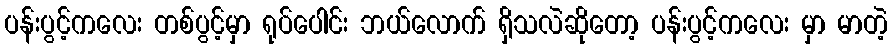
ပန်းပွင့်ကလေး တစ်ပွင့်မှာ ရုပ်ပေါင်း ဘယ်လောက် ရှိသလဲဆိုတော့ ပန်းပွင့်ကလေး မှာ မာတဲ့